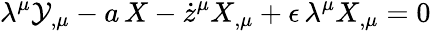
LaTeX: \lambda^{\mu}\mathcal{Y}_{,\mu}-a\, X-\dot{{z}}^{\mu}X_{,\mu}+\epsilon\, \lambda^{\mu}X_{,\mu}=0